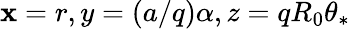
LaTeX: \mathbf{x}=r,y=(a/q)\alpha,z=qR_{0}\theta_{*}